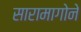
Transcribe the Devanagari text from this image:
सारामागोने